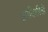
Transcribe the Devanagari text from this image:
प्रगतिशीलों